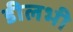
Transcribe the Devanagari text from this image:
डीलभी